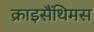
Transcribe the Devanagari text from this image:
क्राइसैंथिमस